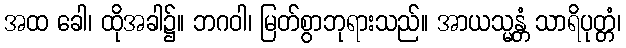
အထ ခေါ၊ ထိုအခါ၌။ ဘဂဝါ၊ မြတ်စွာဘုရားသည်။ အာယသ္မန္တံ သာရိပုတ္တံ၊